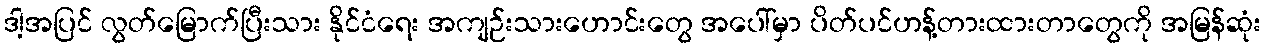
ဒါ့အပြင် လွတ်မြောက်ပြီးသား နိုင်ငံရေး အကျဉ်းသားဟောင်းတွေ အပေါ်မှာ ပိတ်ပင်ဟန့်တားထားတာတွေကို အမြန်ဆုံး